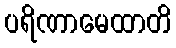
ပရိဏာမေထာတိ